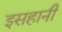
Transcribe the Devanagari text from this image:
इसहानी